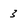
Character: 3